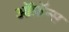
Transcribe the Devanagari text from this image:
ऑफ़ॅन्स